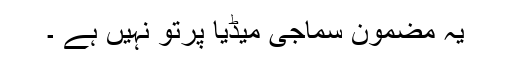
یہ مضمون سماجی میڈیا پرتو نہیں ہے ۔